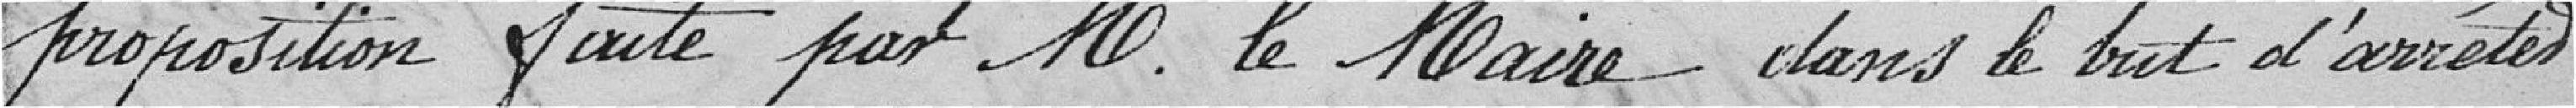
la proposition faite par M. le Maire dans le but d'arrêter